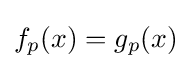
f_{p}(x)=g_{p}(x)